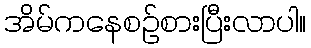
အိမ်ကနေစဉ်စားပြီးလာပါ။